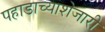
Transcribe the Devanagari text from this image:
पहाडाच्याशेजारी